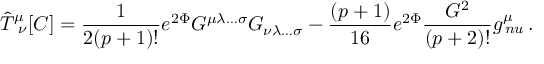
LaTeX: { \hat { T } } _ { \ \nu } ^ { \mu } [ C ] = { \frac { 1 } { 2 ( p + 1 ) ! } } e ^ { 2 \Phi } G ^ { \mu \lambda \ldots \sigma } G _ { \nu \lambda \ldots \sigma } - { \frac { ( p + 1 ) } { 1 6 } } e ^ { 2 \Phi } { \frac { G ^ { 2 } } { ( p + 2 ) ! } } g _ { \, n u } ^ { \mu } \, .